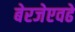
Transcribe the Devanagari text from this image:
बेरजेएवढे